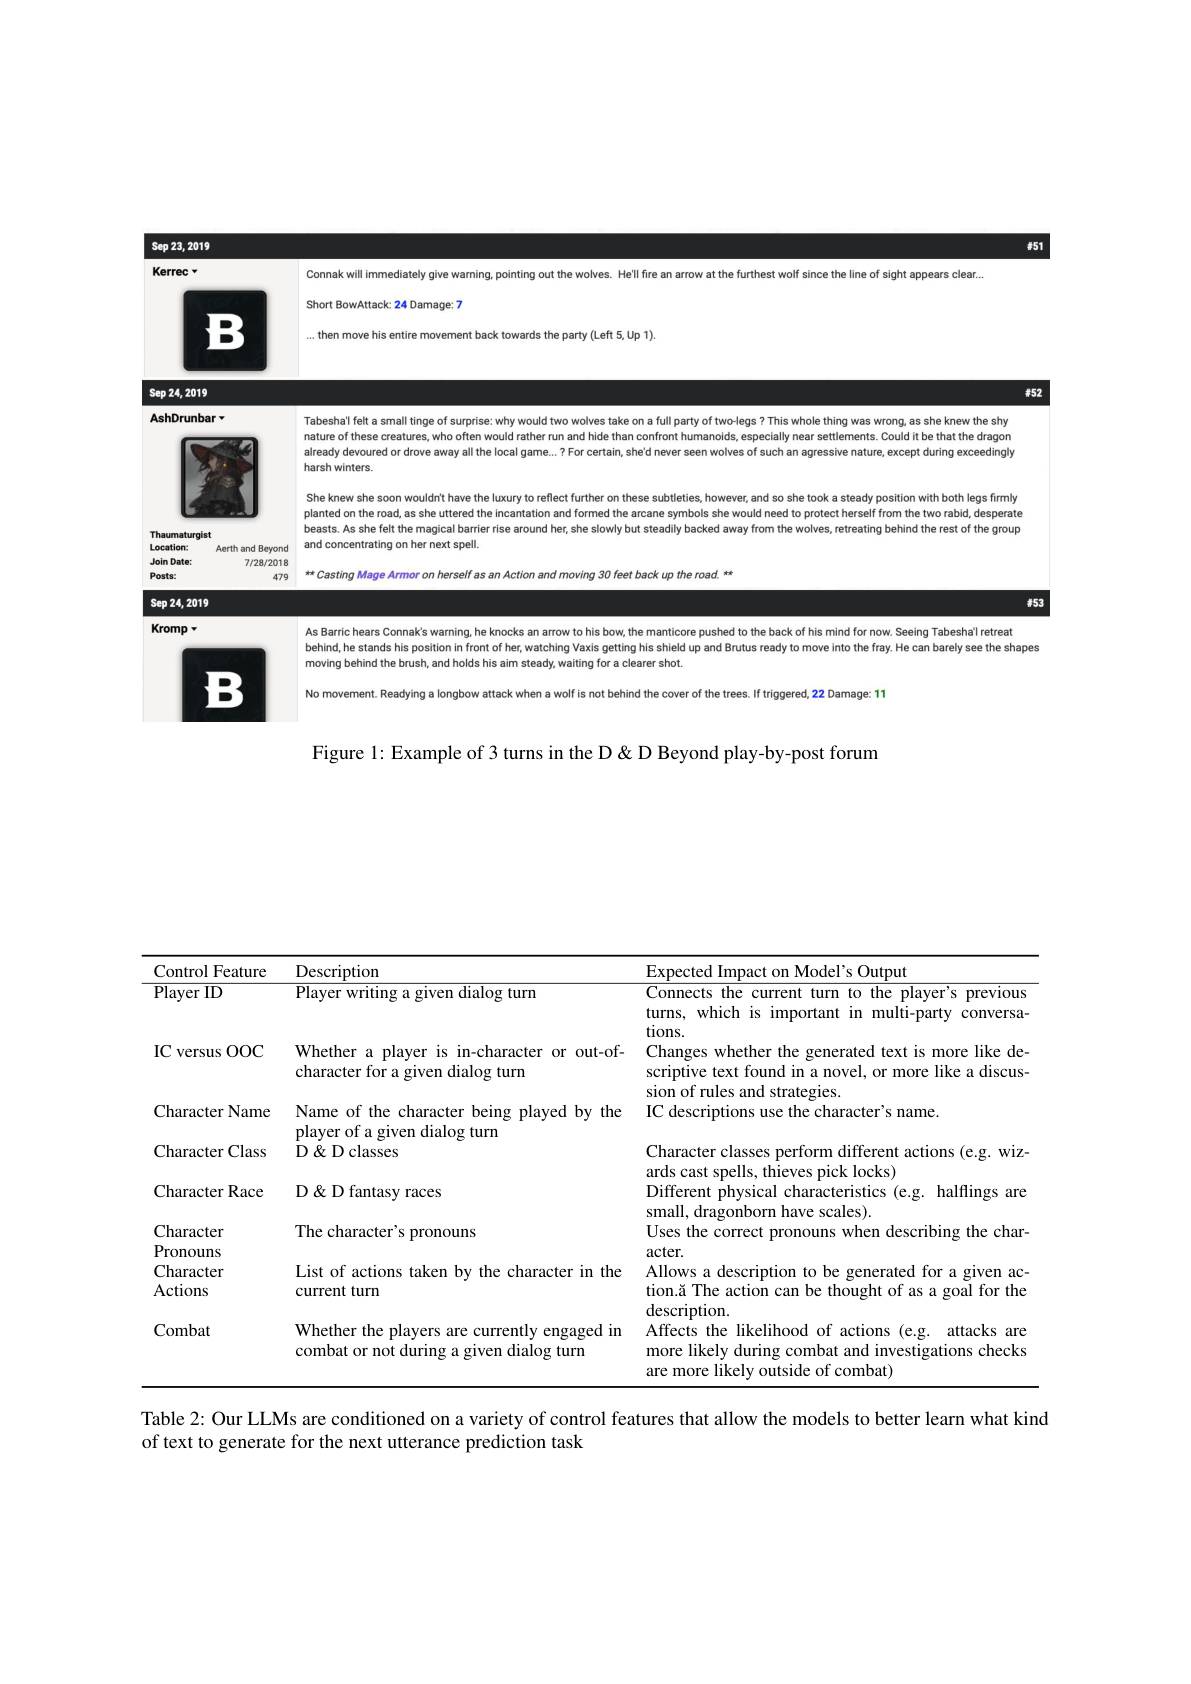
<FigureHere>

451

Kerrec r

Connak will immediately give warning, pointing out the wolves. He'll fire an arrow

: the furthest wolf since the line of sight appears clear...

Short BowAttack: 24 Damage:

B

.then move his entire movement back towards the party (Left 5,Up 1)

$Sep24,2019$

$t52$

AshDrunbar wiler tor

Tabeshal felt a small tinge of surprise: why would two wolves take on a full party of two-legs? This whole thing was wrong, as she knew the shy nature of these creatures, who often would rather run and hide than confront humanolds, especlally near settlements. Could it be that the dragon already devoured or drove away all the local game...? For certain, she'd never seen wolves of such an agressive nature, except during exceedingly harsh winters.
She knew she soon wouldnt have the luxury to reflect further on these subtleties, however, and so she took a steady position with both legs firmhy planted on the road, as she uttered the incantation and formed the arcane symbols she would need to protect herself from the two rabid, desperate beasts. As she felt the magical barrier rise around her, she slowly but steadily backed away from the wolves, retreating behind the rest of the group
Aerth and Beyond and concentrating on her next spell.
7/28/2018
479 t* Casting Mage Armor on herself as an Action and moving 30 feet back up the road. tx

Thaumaturgist

Location

Join Date:

$Posts:$

$t53$

$Sep24,2019$

As Barric hears Connak's warning, he knocks an arrow to his bow, the manticore pushed to the back of his mind for now. Seeing Tabesha'l retreat
behind, he stands his positlon in front of her, watching Vaxis getting his shield up and Brutus ready to move into the fray. He can barely see the shapes
moving behind the brush, and holds his aim steady, waiting for a clearer shot.
No movement. Readying a longbow attack when a wolf is not behind the cover of the trees. If triggered, 22 Damage: 11

Kromp
<FigureHere>

Figure 1: Example of 3 turns in the D & D Beyond play-by-post forum

<table>
	<tbody>
		<tr>
			<th>Control Feature</th>
			<th>Description</th>
			<th>Fxnected Model's Outmut</th>
		</tr>
		<tr>
			<td>Player ID</td>
			<td>Player writing a given dialog turm</td>
			<td>Connects the current turn to the player's previous turns, which is important in multi-party conversa $tions.$</td>
		</tr>
		<tr>
			<td>$IC$ C versus $00C$</td>
			<td>Whether a player is in-character or out-of- character for a given dialog turm</td>
			<td>Changes whether the generated text is more like de scriptive text found in a novel, or more like a discus sion of rules and strategies</td>
		</tr>
		<tr>
			<td>Character Name</td>
			<td>Name of the character being played by the plaver of a given dialog turm</td>
			<td>IC descriptions use the character's name.</td>
		</tr>
		<tr>
			<td>Character Class 1</td>
			<td>DQDclasses</td>
			<td>Character classes perform different actions (e.g. wiz ards cast spells, thieves pick locks)</td>
		</tr>
		<tr>
			<td>Character Race</td>
			<td>D & D fantasy races</td>
			<td>Different physical characteristics (e.g. 1 halflings are small dragonhorn have $\Delta_{1}$ scales)</td>
		</tr>
		<tr>
			<td>Character Pronouns</td>
			<td>The character's pronouns</td>
			<td>Uses the correct pronouns when describing the char acter</td>
		</tr>
		<tr>
			<td>Character Actions</td>
			<td>List of actions taken by the character in the current turn</td>
			<td>Allows a description to be generated for a given ac $tion.\u{a} The action can be thought of as a goal for the$ description.</td>
		</tr>
		<tr>
			<td>Combat</td>
			<td>Whether the players are currently engaged im combat or not during a given dialog turn</td>
			<td>Affects the likelihood of actions (e.g. attacks are more likely during combat and investigations checks are more likely outside of combat)</td>
		</tr>
	</tbody>
</table>

Table 2: Our LLMs are conditioned on a variety of control features that allow the models to better learn what kind

of text to generate for the next utterance prediction task